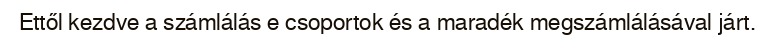
Ettől kezdve a számlálás e csoportok és a maradék megszámlálásával járt.